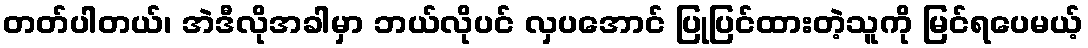
တတ်ပါတယ်၊ အဲဒီလိုအခါမှာ ဘယ်လိုပင် လှပအောင် ပြုပြင်ထားတဲ့သူကို မြင်ရပေမယ့်